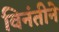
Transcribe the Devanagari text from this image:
विनंतीने